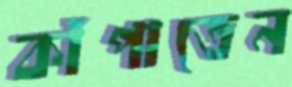
কাঁপাতেন